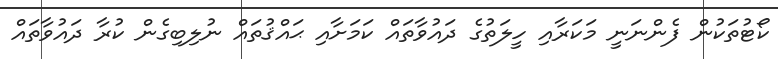
ކޯޓުތަކުން ފެންނަނީ މަކަރާއި ހީލަތުގެ ދައުވާތައް ކަމަށާއި ޙައްޤުތައް ނުލިބިގެން ކުރާ ދައުވާތައް